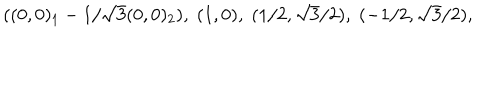
( ( 0 , 0 ) _ { 1 } - 1 / \sqrt { 3 } ( 0 , 0 ) _ { 2 } ) , \; ( 1 , 0 ) , \; ( 1 / 2 , \sqrt { 3 } / 2 ) , \; ( - 1 / 2 , \sqrt { 3 } / 2 ) ,